Cholera in India, 1862 to 1881
Year: 1862
Disease focus: Cholera
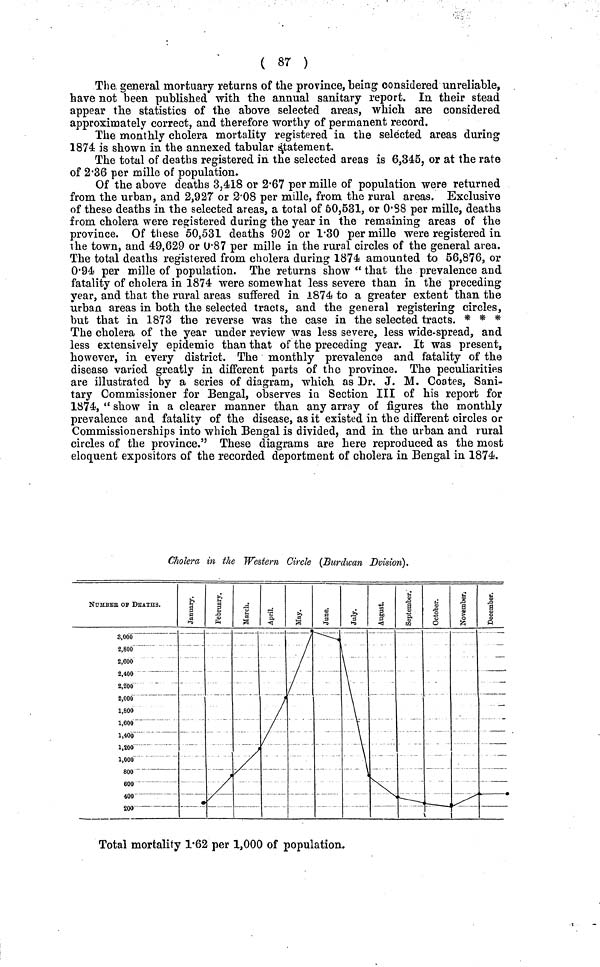
( 87 )
The general mortuary returns of the province, being considered unreliable,
have not been published with the annual sanitary report. In their stead
appear the statistics of the above selected areas, which are considered
approximately correct, and therefore worthy of permanent record.
The monthly cholera mortality registered in the selected areas during
1874 is shown in the annexed tabular statement.
The total of deaths registered in the selected areas is 6,345, or at the rate
of 2.36 per mille of population.
Of the above deaths 3,418 or 2.67 per mille of population were returned
from the urban, and 2,927 or 2.08 per mille, from the rural areas. Exclusive
of these deaths in the selected areas, a total of 60,531, or 0.88 per mille, deaths
from cholera were registered during the year in the remaining areas of the
province. Of these 50,531 deaths 902 or 1.30 per mille were registered in
the town, and 49,629 or 0.87 per mille in the rural circles of the general area.
The total deaths registered from cholera during 1874 amounted to 56,876, or
0.94 per mille of population. The returns show " that the prevalence and
fatality of cholera in 1874 were some what less severe than in the preceding
year, and that the rural areas suffered in 1874 to a greater extent than the
urban areas in both the selected tracts, and the general registering circles,
but that in 1873 the reverse was the case in the selected tracts. * * *
The cholera of the year under review was less severe, less wide-spread, and
less extensively epidemic than that of the preceding year. It was present,
however, in every district. The monthly prevalence and fatality of the
disease varied greatly in different parts of the province. The peculiarities
are illustrated by a series of diagram, which as Dr. J. M. Coates, Sani-
tary Commissioner for Bengal, observes in Section III of his report for
1874, " show in a clearer manner than any array of figures the monthly
prevalence and fatality of the disease, as it existed in the different circles or
Commissionerships into which Bengal is divided, and in the urban and rural
circles of the province." These diagrams are here reproduced as the most
eloquent expositors of the recorded deportment of cholera in Bengal in 1874.
Cholera in the Western Circle (Burdwan Dvision).
Total mortality 1.62 per 1,000 of population.